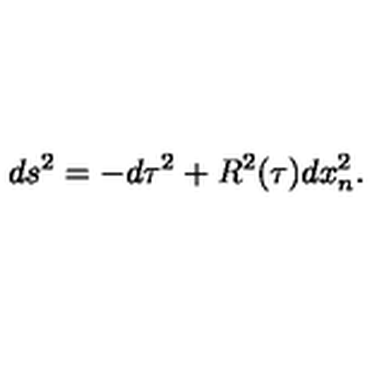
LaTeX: d s ^ { 2 } = - d \tau ^ { 2 } + R ^ { 2 } ( \tau ) d x _ { n } ^ { 2 } .